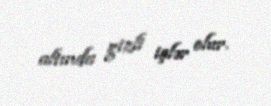
altında gizli işlər olur.